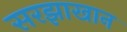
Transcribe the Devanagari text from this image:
सरझाखान